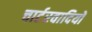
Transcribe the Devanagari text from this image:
चार्टरवादियों